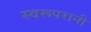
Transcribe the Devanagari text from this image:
स्वरूपरानी